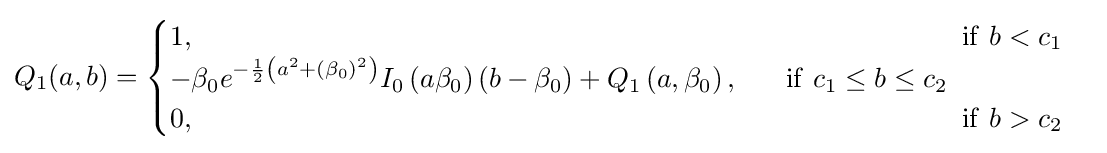
{\begin{aligned}Q_{1}(a,b)={\begin{cases}1,~~~~~~~~~~~~~~~~~~~~~~~~~~~~~~~~~~~~~~~~~~~~~~~~~~~~~~~~~~~~~~~~~~~~~~~~~~~~~~~~~~~\mathrm {if} ~b<c_{1}\\-\beta _{0}e^{-{\frac {1}{2}}\left(a^{2}+\left(\beta _{0}\right)^{2}\right)}I_{0}\left(a\beta _{0}\right)\left(b-\beta _{0}\right)+Q_{1}\left(a,\beta _{0}\right),~~~~~\mathrm {if} ~c_{1}\leq b\leq c_{2}\\0,~~~~~~~~~~~~~~~~~~~~~~~~~~~~~~~~~~~~~~~~~~~~~~~~~~~~~~~~~~~~~~~~~~~~~~~~~~~~~~~~~~~\mathrm {if} ~b>c_{2}\end{cases}}\end{aligned}}